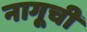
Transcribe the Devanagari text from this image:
नागूची